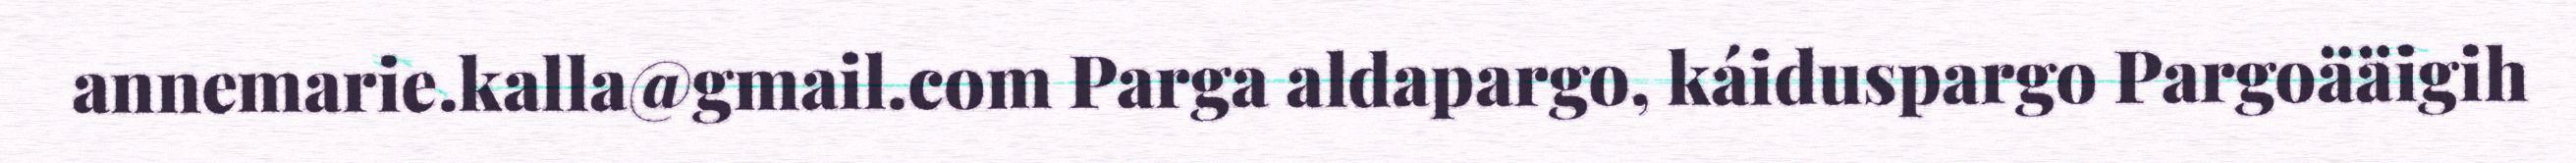
annemarie.kalla@gmail.com Parga aldapargo, káiduspargo Pargoääigih